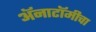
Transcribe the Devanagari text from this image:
अॅनाटॉमीचा